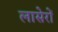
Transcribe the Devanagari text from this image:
लासेरों